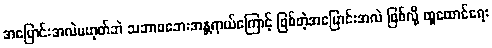
အပြောင်းအလဲမဟုတ်ဘဲ သဘာဝဘေးအန္တရာယ်ကြောင့် ဖြစ်တဲ့အပြောင်းအလဲ ဖြစ်လို့ ထူထောင်ရေး